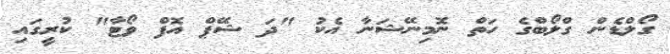
ގޯލްޑެން ގްލޯބްގެ ހަތް ނޮމިނޭޝަނާ އެކު "ދަ ޝޭޕް އޮފް ވޯޓާ" ކުރީގައި